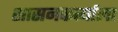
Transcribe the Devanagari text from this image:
शासनकर्त्याला